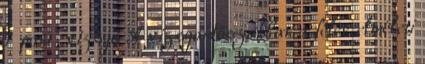
7 pont . vizsga A vizsgaidőszakban a félév elméleti